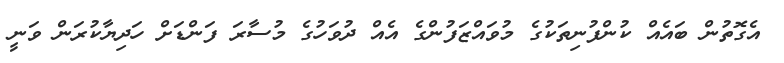
އެގޮތުން ބައެއް ކުންފުނިތަކުގެ މުވައްޒަފުންގެ އެއް ދުވަހުގެ މުސާރަ ފަންޑަށް ހަދިޔާކުރަން ވަނީ